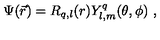
\Psi ( \vec { r } ) = R _ { q , l } ( r ) Y _ { l , m } ^ { q } ( \theta , \phi ) \ ,